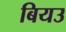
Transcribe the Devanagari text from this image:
बियउ